Lunatic asylums Bombay report 1891-1903 - 1891-1903
Year: 1891
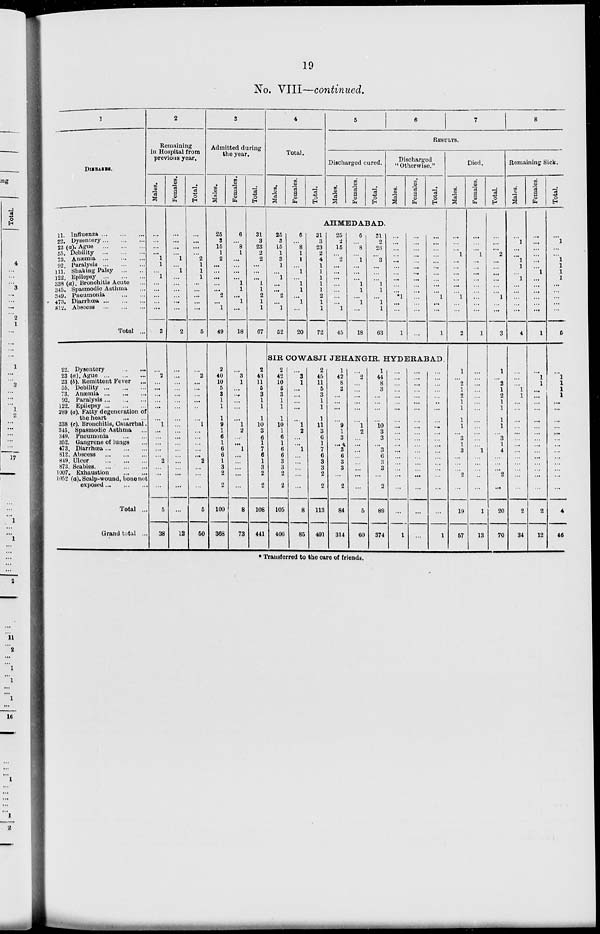
19
No. VIII—continued.
1
DISEASES.
11 Influenza
...
...
...
22. Dysentery ... ... ...
23 (a). Ague
...
...
...
55. Debility
...
...
...
73. Anæmia
...
...
...
92. Paralysis
...
...
...
111. Shaking Palsy ... ...
122. Epilepsy ...
...
...
338 (a). Bronchitis Acute ...
345. Spasmodic Asthma ...
349. Pneumonia ... ...
473. Diarrhœa
...
...
...
812. Abscess
...
...
...
Total ...
22. Dysentery ... ...
23 (a). Ague
...
...
...
23 (b). Remittent Fever ...
55. Debility
...
...
...
73. Anæmia
...
...
...
92. Paralysis ... ... ...
122. Epilepsy
...
...
...
289 (a). Fatty degeneration of
the heart
...
...
338 (c). Bronchitis, Catarrhal.
345. Spasmodic Asthma ...
349. Pneumonia
...
...
352. Gangrene of lungs ...
473. Diarrhœa ... ... ...
812. Abscess
...
...
...
849. Ulcer
...
...
...
873. Scabies
...
...
...
1007. Exhaustion
...
...
1052 (a). Scalp-wound, bone not
exposed ... ... ...
Total ...
Grand total ...
2
Remaining
in Hospital from
previous year.
Males.
...
...
...
...
1
1
...
1
...
...
...
...
...
3
...
2
...
...
...
...
...
...
1
...
...
...
...
...
2
...
...
...
5
38
Females.
...
...
...
...
1
...
1
...
...
...
...
...
...
2
...
...
...
...
...
...
...
...
...
...
...
...
...
...
...
...
...
...
...
12
Total.
...
...
...
...
2
1
1
1
...
...
...
...
...
5
...
2
...
...
...
...
...
...
1
...
...
...
...
...
2
...
...
...
5
50
3
Admitted during
the year.
Males.
25
3
15
1
2
...
...
...
...
...
2
...
1
49
2
40
10
5
3
1
1
1
9
1
6
1
6
6
1
3
2
2
100
368
Females.
6
...
8
1
...
...
...
...
1
1
... 1
...
18
...
3
1
...
...
...
...
...
1
2
...
...
1
...
...
...
...
...
8
73
Total.
31
3
23
2
2
...
...
...
1
1
2
1
1
67
2
43
11
5
3
1
1
1
10
3
6
1
7
6
1
3
2
2
108
441
4
Total.
Males.
25
3
15
1
3
1
...
1
...
...
2
...
1
52
Females.
6
...
8
1
1
...
1
...
1
1
... 1
...
20
Total.
5
6
7
8
RESULTS.
Discharged cured.
Males.
Females.
Total.
AHMEDABAD.
31
3
23
2
4
1
1
1
1
1
2
1
1
72
25
2
15
...
2
...
...
...
...
...
...
...
1
45
6
...
8
...
1
...
...
...
1
1
...
1
...
18
31
2
23
...
3
...
...
...
1
1
... 1
1
63
Discharged
"Otherwise."
Males.
...
...
...
...
...
...
...
...
...
...
*1
...
...
1
Females.
...
...
...
...
...
...
...
...
...
...
...
...
...
...
Total.
...
...
...
...
...
...
...
...
...
...
1
...
...
1
SIR COWASJI JEHANGIR, HYDERABAD.
2
42
10
5
3
1
1
1
10
1
6
1
6
6
3
3
2
2
105
406
...
3
1
...
...
...
...
...
1
2
...
...
1
...
...
...
...
...
8
85
2
45
11
5
3
1
1
1
11
3
6
1
7
6
3
3
2
2
113
491
1
42
8
3
...
...
...
...
9
1
3
...
3
6
3
3
...
2
84
314
...
2
...
...
...
...
...
...
1
2
...
...
...
...
...
...
...
...
5
60
1
44
8
3
...
...
...
...
10
3
3
...
3
6
3
3
...
2
89
374
...
...
...
...
...
...
...
...
...
...
...
...
...
...
...
...
...
...
...
1
...
...
...
...
...
...
...
...
...
...
...
...
...
...
...
...
...
...
...
...
...
...
...
...
...
...
...
...
...
...
...
...
...
...
...
...
...
...
...
1
Died.
Males.
...
...
... 1
...
...
...
...
...
...
1
...
...
2
1
... 2
1
2
1
1
1
1
...
3
1
3
...
...
...
2
...
19
57
Females.
...
...
... 1
...
...
...
...
...
...
...
...
...
1
...
...
...
...
...
...
...
...
...
...
...
...
1
...
...
...
...
...
1
13
Total.
...
...
... 2
...
...
...
...
...
1
...
...
3
1
...
2
1
2
1
1
1
1
...
3
1
4
...
...
...
2
...
20
70
Remaining Sick.
Males.
...
1
...
...
1
1
...
1
...
...
...
...
...
4
...
...
...
1
1
...
...
...
...
...
...
...
...
...
...
...
...
...
2
34
Females.
...
...
...
...
...
...
1
...
...
...
...
...
...
1
...
1
1
...
...
...
...
...
...
...
...
...
...
...
...
...
...
...
2
12
Total.
...
1
...
...
1
1
1
1
...
...
...
...
...
5
...
1
1
1
1
...
...
...
...
...
...
...
...
...
...
...
...
...
4
46
* Transferred to the care of friends.